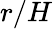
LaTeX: r/H